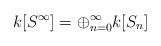
LaTeX: \begin{align*} k[S^\infty]=\oplus_{n=0}^{\infty}k[S_n] \end{align*}